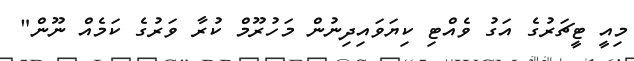
މިއީ ޓީޗަރުގެ އަގު ވެއްޓި ކިޔަވައިދިނުން މަހުރޫމް ކުރާ ވަރުގެ ކަމެއް ނޫން"